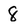
Character: 8